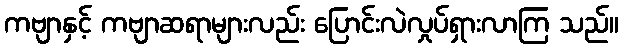
ကဗျာနှင့် ကဗျာဆရာများလည်း ပြောင်းလဲလှုပ်ရှားလာကြ သည်။